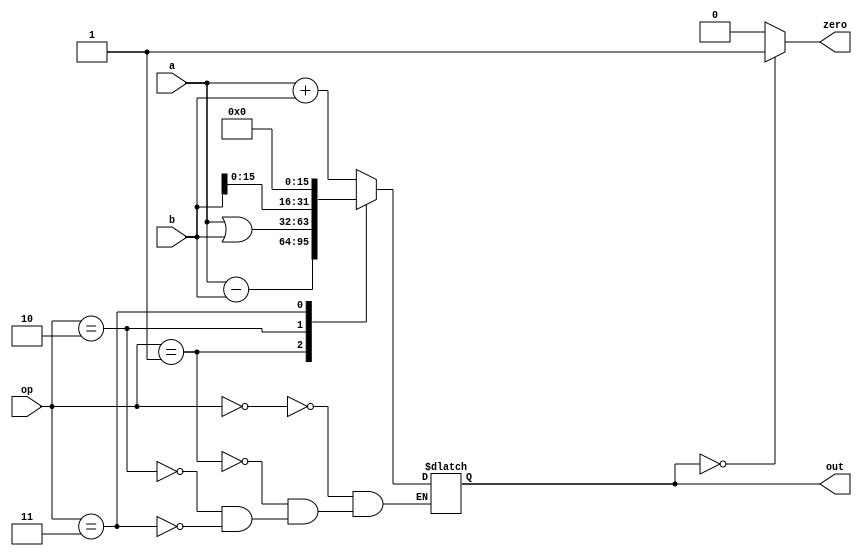
module alu(a, b, op, out, zero);
	input [31:0] a, b;
	input [2:0] op;

	output zero;
	output [31:0] out;

	reg [32:0] result;


	assign out = result[31:0];
	assign zero = (out == 0) ? 1 : 0;


	parameter addu = 3'b000;
	parameter subu = 3'b001;
	parameter ori = 3'b010;
	parameter lui = 3'b011;

	always@(*)
	begin
		case (op)
			addu : result = a + b;
			subu : result = a - b;
			ori : result = a | b;
			lui : result = {1'b0, b[15:0], 16'b0};
		endcase
	end

endmodule